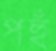
পহুঁ